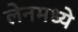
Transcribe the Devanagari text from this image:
लेनमध्ये